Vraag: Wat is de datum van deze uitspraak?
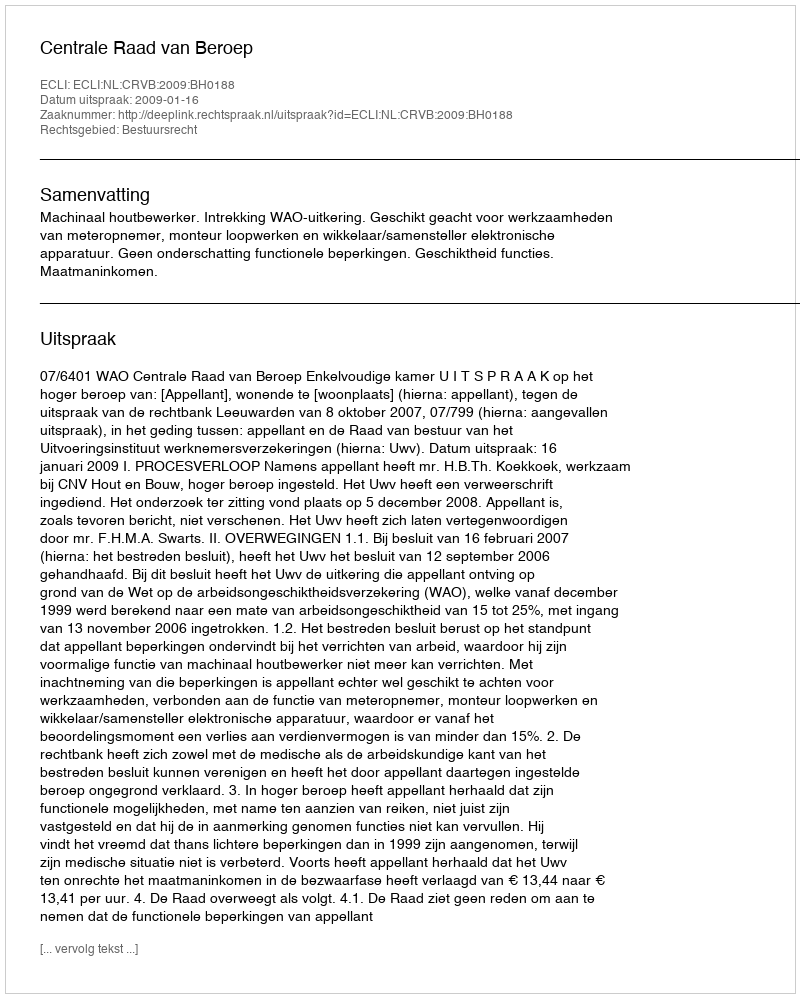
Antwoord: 2009-01-16